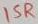
Text: 15R